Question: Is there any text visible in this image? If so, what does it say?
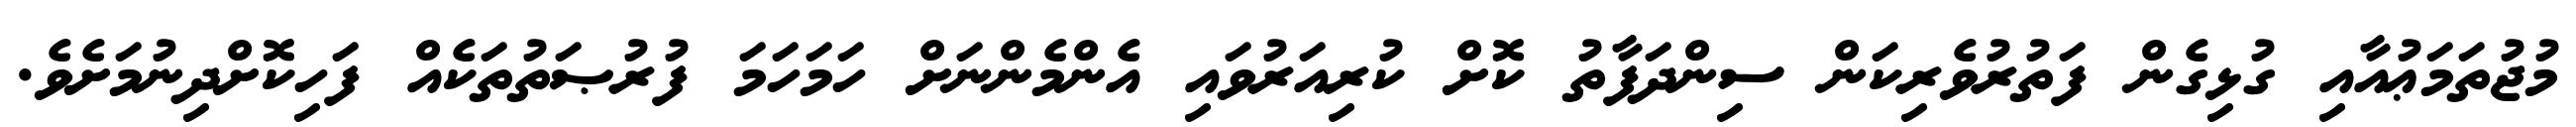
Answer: މުޖުތަމަޢުއާއި ގުޅިގެން ފަތުރުވެރިކަން ސިންދަފާތު ކޮށް ކުރިއަރުވައި އެންމެންނަށް ހަމަހަމަ ފުރުޞަތުތަކެއް ފަހިކޮށްދިނުމަށެވެ.